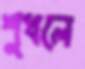
শুধলে